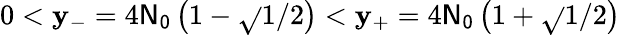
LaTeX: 0<\mathbf{y}_{-}=4\mathsf{{N_{0}}}\left(1-\sqrt{}{{1/2}}\right)<\mathbf{y}_{+}=4\mathsf{{N_{0}}}\left(1+\sqrt{}{{1/2}}\right)